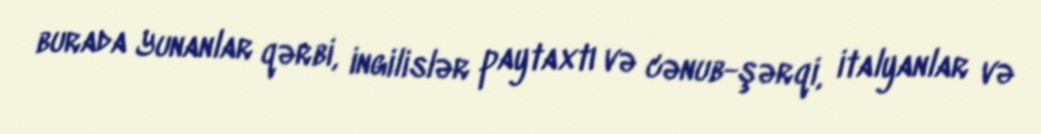
burada Yunanlar qərbi, ingilislər paytaxtı və cənub-şərqi, italyanlar və